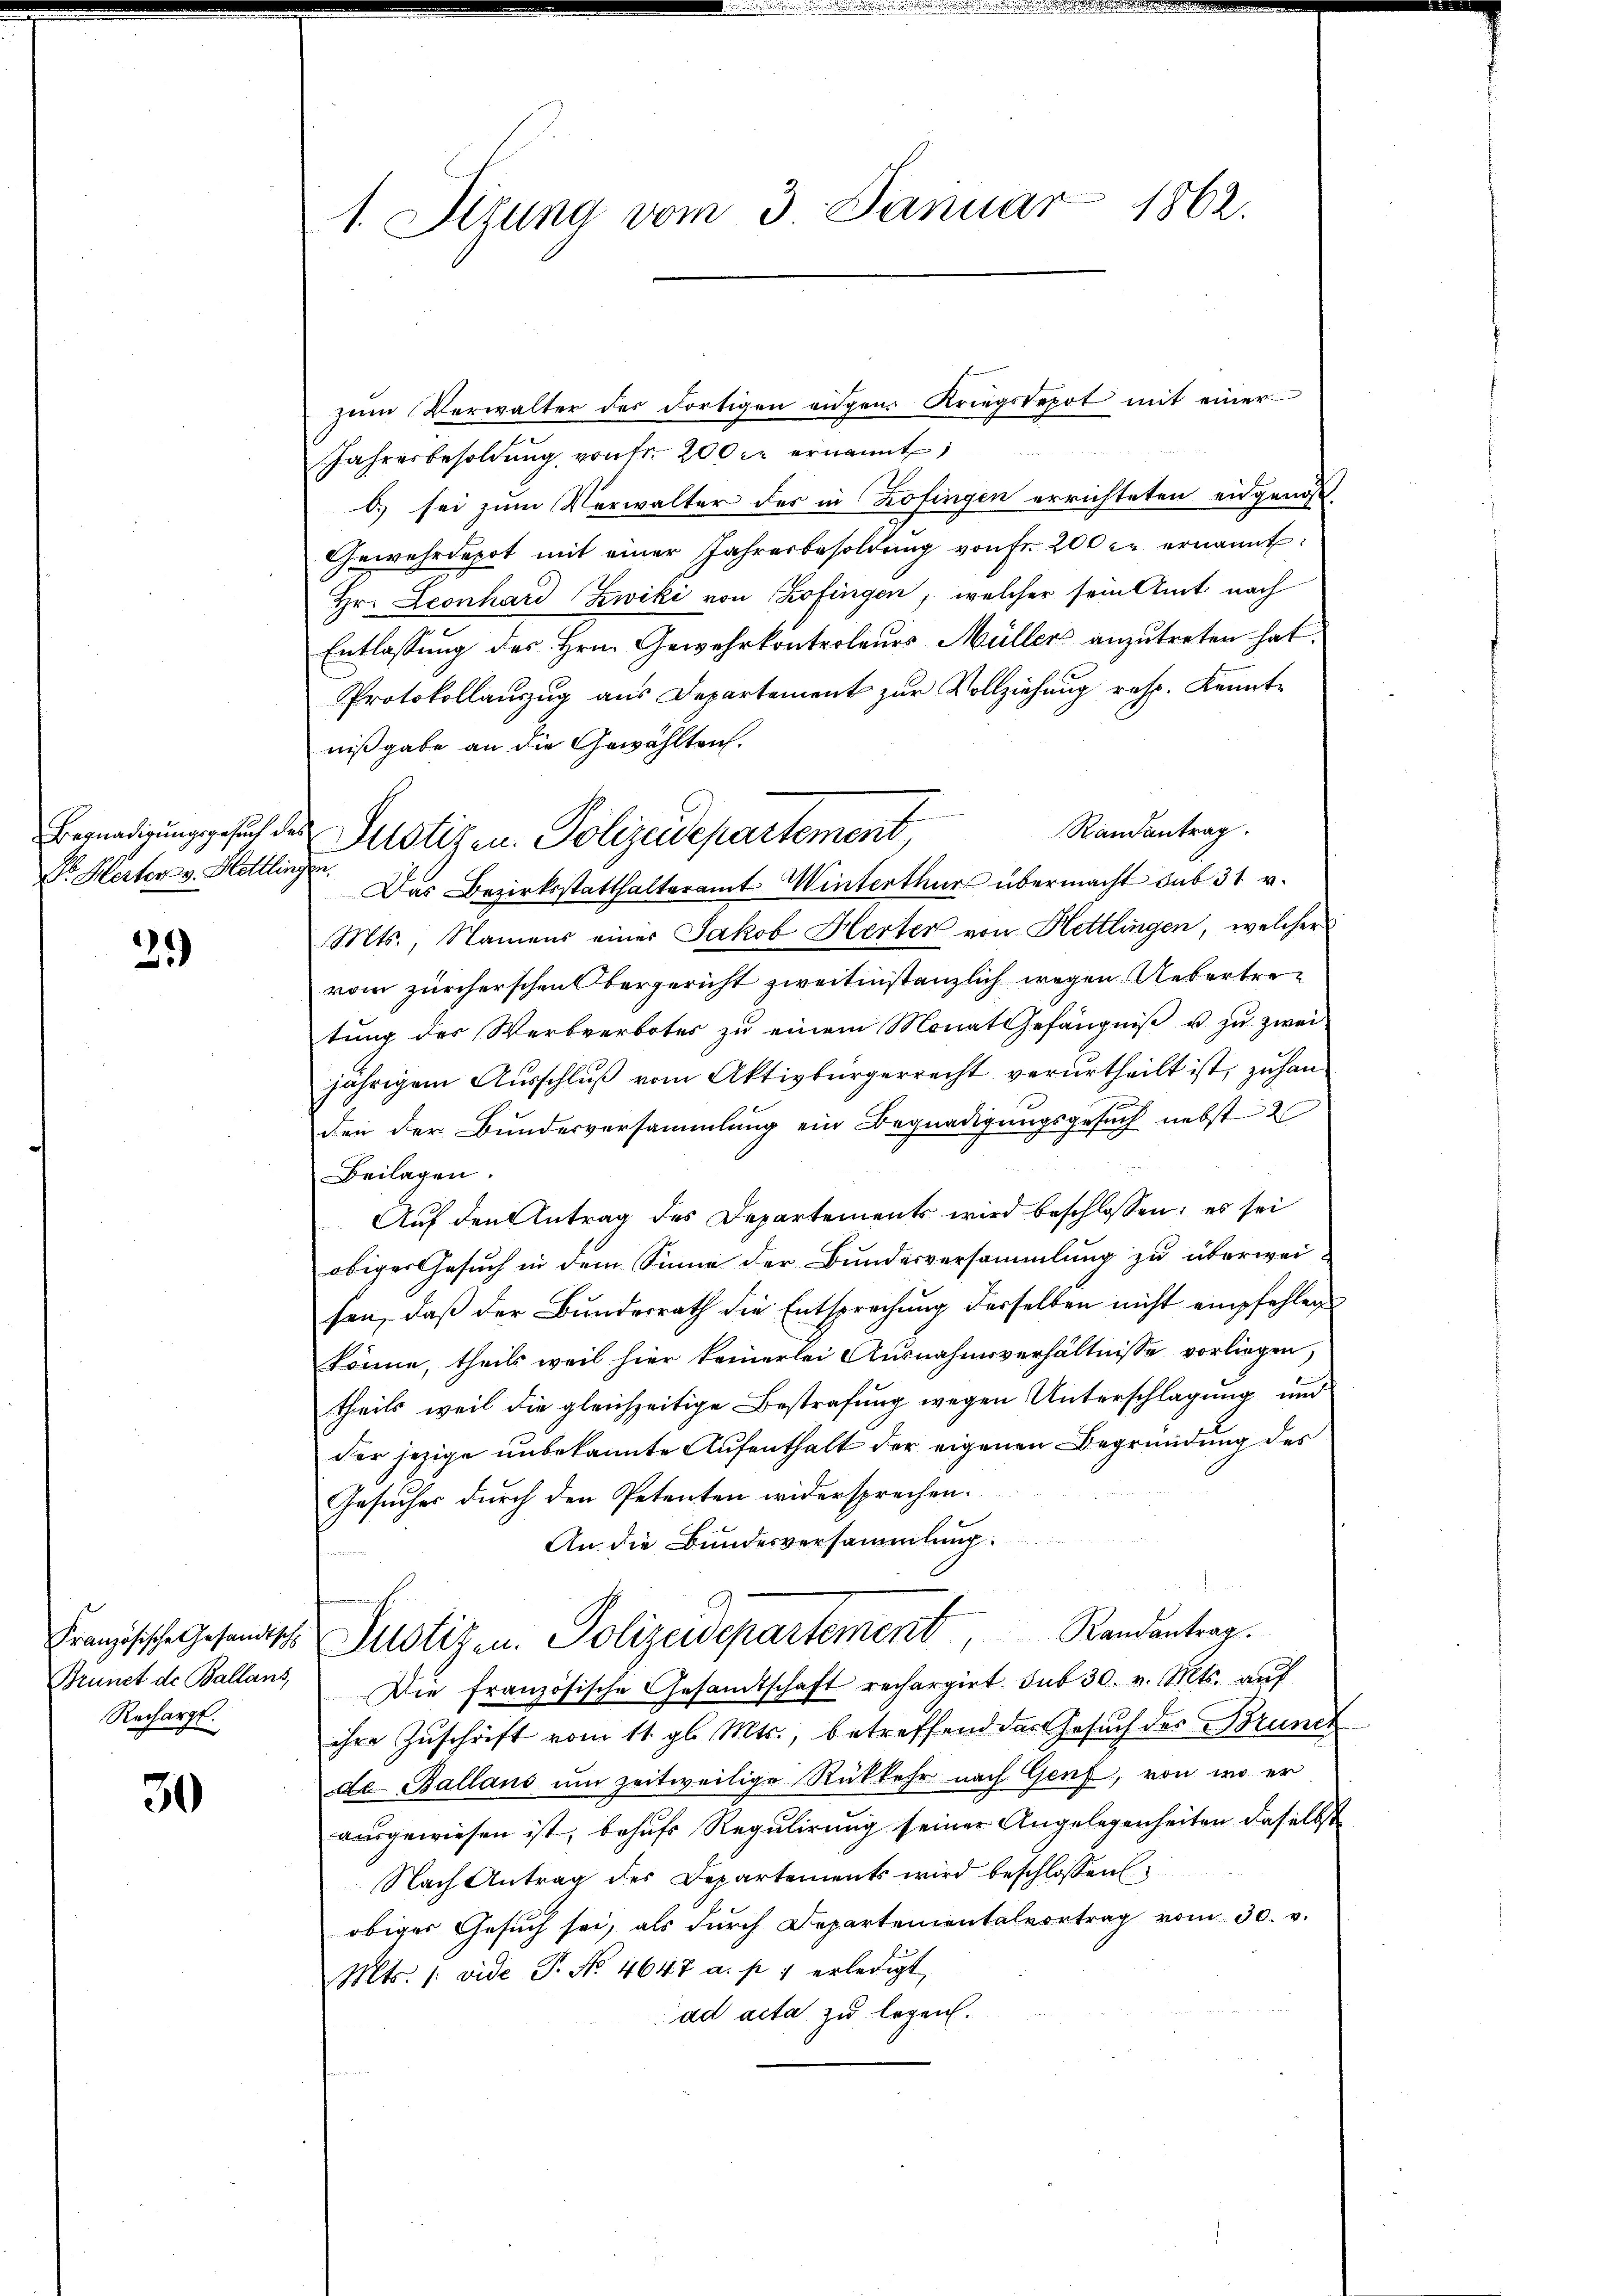
Dr. Merter v. Hettling

21)

Französische Gesandtsch
Brunet de Ballans,
Rechargt.

30

1. Sizung vom 3. Januar 1862.

Begnadigungsgesuch der Justizen Polizeidepartement

zŭm Verwalter des dortigen engen Kriegstepot mit einer
Jahresbesoldŭng von fr. 200 cr ernannt
b) sei zum Verwalter des in Zofingen errichteten eidgenos-
Gewehrdepot mit einer Jahresbesoldŭng von Fr. 200 l. ernannt:
Hr. Leonhard Zwiki von Zofingen, welcher sein Amt nach
Entlassung des Hrn. Gewehrkontroleurs Müller anzutreten hat.
Protokollauszug aus Departement zur Vollziehung resp. Kennte
nißgabe an die Gewählten.
Randantrag.
f
Das Bezirksstatthalteramt Winterthur übermacht sub 31. v.
Mts., Namens einer Jakob Herter von Hettlingen, welcher
vom zürcherschen Obergericht zweitinstanzlich wegen Uebertretŭng des Werbverbotes zŭ einem Monat Gefängniβ u zu zwei
jährigem Ausschluß vom Aktivbürgerrecht verurtheilt ist, zu handen der Bundesversammlung ein Begnadigungsgesuch nebst 2
Beilagen.
Auf den Antrag des Departements wird beschlossen; es sei
obiger Gesuch in dem Sinne der Bundesversammlung zu überweifen, daß der Bundesrath die Entsprechung derselben nicht empfehlen
könne, theils weil hier keinerlei Ausnahmsverhältnisse vorliegen,
theils weil die gleichzeitige Bestrafung wegen Unterschlagung und
der jezige unbekannte Aufenthalt der eigenen Begründung des
Gesuches durch den Petenten widersprechen.
An die Bundesversammlung.
Justizen. Polizeidepartement, Randantrag.
Die französische Gesandtschaft rechargirt sub 30. v. Mts. auf
ihre Zuschrift vom 11. gl. Mts., betreffend das Gesuch des Brunct
do Ballaus um zeitweilige Rükkehr nach Genf, von wo er
ausgewiesen ist, behufs Regulirung seiner Angelegenheiten daselbst
Nach Antrag des Departements wird beschlossen
obiger Gesuch sei, als durch Departementalvortrag vom 30. v.
Mts. /: vide P. No. 4647 a. p. 1 erledigt,
ad acta zu legen.